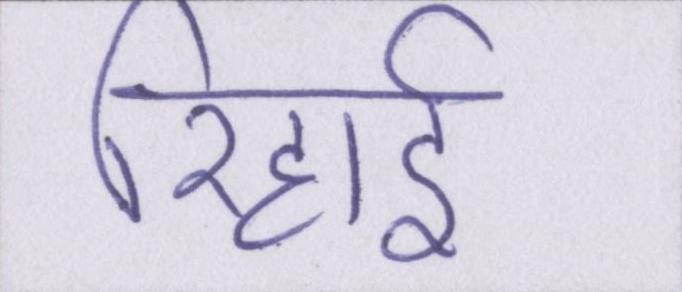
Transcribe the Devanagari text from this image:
रिहाई